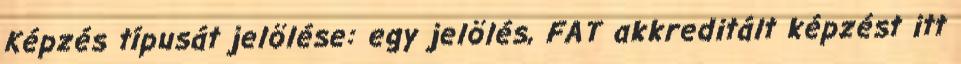
Képzés típusát jelölése: egy jelölés, FAT akkreditált képzést itt